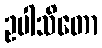
ဥပါသိတော